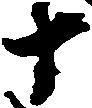
十